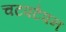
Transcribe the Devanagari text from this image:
चटपटेपन